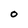
Character: 0